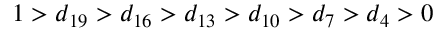
1 > d _ { 1 9 } > d _ { 1 6 } > d _ { 1 3 } > d _ { 1 0 } > d _ { 7 } > d _ { 4 } > 0